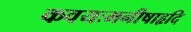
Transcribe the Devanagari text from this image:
कवयःमनीषाहृदि